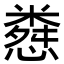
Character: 𢠴